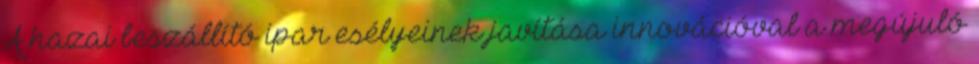
A hazai beszállító ipar esélyeinek javítása innovációval a megújuló